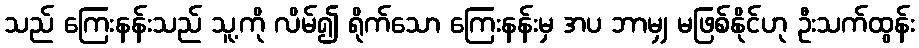
သည် ကြေးနန်းသည် သူ့ကို လိမ်၍ ရိုက်သော ကြေးနန်းမှ အပ ဘာမျှ မဖြစ်နိုင်ဟု ဦးသက်ထွန်း